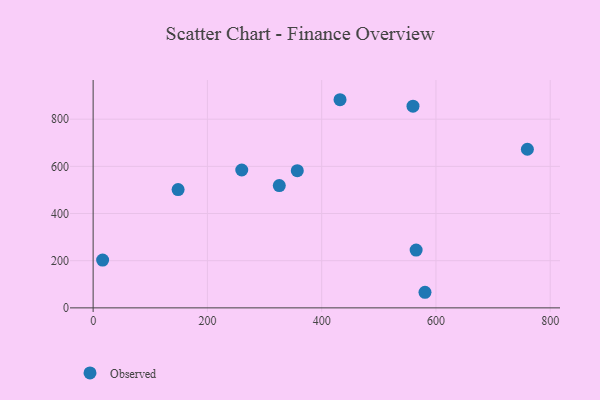
{"axis": {"x": "Price", "y": "Salary"}, "legend": ["Observed"], "data": [{"x": "432.1", "y": 882.4, "type": "Observed"}, {"x": "559.8", "y": 855.2, "type": "Observed"}, {"x": "565.3", "y": 245.1, "type": "Observed"}, {"x": "760.0", "y": 672.4, "type": "Observed"}, {"x": "357.3", "y": 581.6, "type": "Observed"}, {"x": "325.8", "y": 518.3, "type": "Observed"}, {"x": "580.8", "y": 66.1, "type": "Observed"}, {"x": "148.7", "y": 501.4, "type": "Observed"}, {"x": "260.1", "y": 584.5, "type": "Observed"}, {"x": "16.6", "y": 202.5, "type": "Observed"}]}